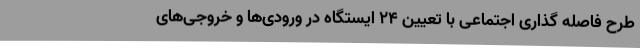
طرح فاصله گذاری اجتماعی با تعیین 24 ایستگاه در ورودی‌ها و خروجی‌های